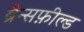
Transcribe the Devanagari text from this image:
ब्रैन्सफ़ील्ड